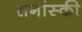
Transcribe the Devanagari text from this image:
सगांस्की